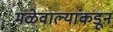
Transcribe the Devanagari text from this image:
मळेवाल्यांकडून